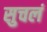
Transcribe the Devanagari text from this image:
सुचलं